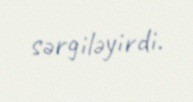
sərgiləyirdi.